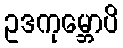
ဥဒကုမ္ဘောပိ